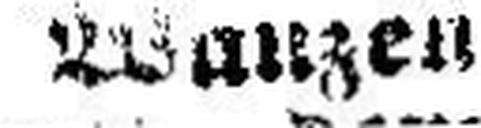
Wanzen